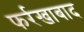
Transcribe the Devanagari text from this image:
फर्रखाबाद